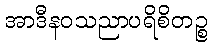
အာဒီနဝသညာပရိစိတဉ္စ